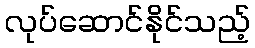
လုပ်ဆောင်နိုင်သည့်